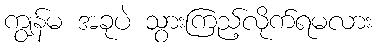
ကျွန်မ အခုပဲ သွားကြည့်လိုက်ရမလား